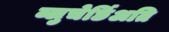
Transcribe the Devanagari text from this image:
ब्लुचेर्छिअति